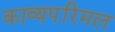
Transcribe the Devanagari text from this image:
काव्यपरिमल